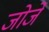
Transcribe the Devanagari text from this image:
जोर्जे